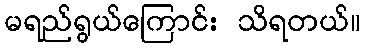
မရည်ရွယ်ကြောင်း သိရတယ်။